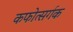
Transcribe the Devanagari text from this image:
कफोत्सर्गक